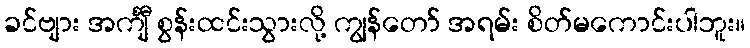
ခင်ဗျား အင်္ကျီ စွန်းထင်းသွားလို့ ကျွန်တော် အရမ်း စိတ်မကောင်းပါဘူး။